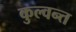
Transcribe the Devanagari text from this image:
कुल्वन्त